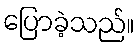
ပြောခဲ့သည်။